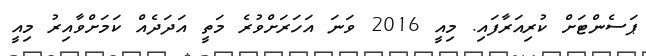
ޕަސެންޓަށް ކުރިއަރާފައި. މިއީ 2016 ވަނަ އަހަރަށްވުރެ މަތީ އަދަދެއް ކަމަށްވާއިރު މިއީ